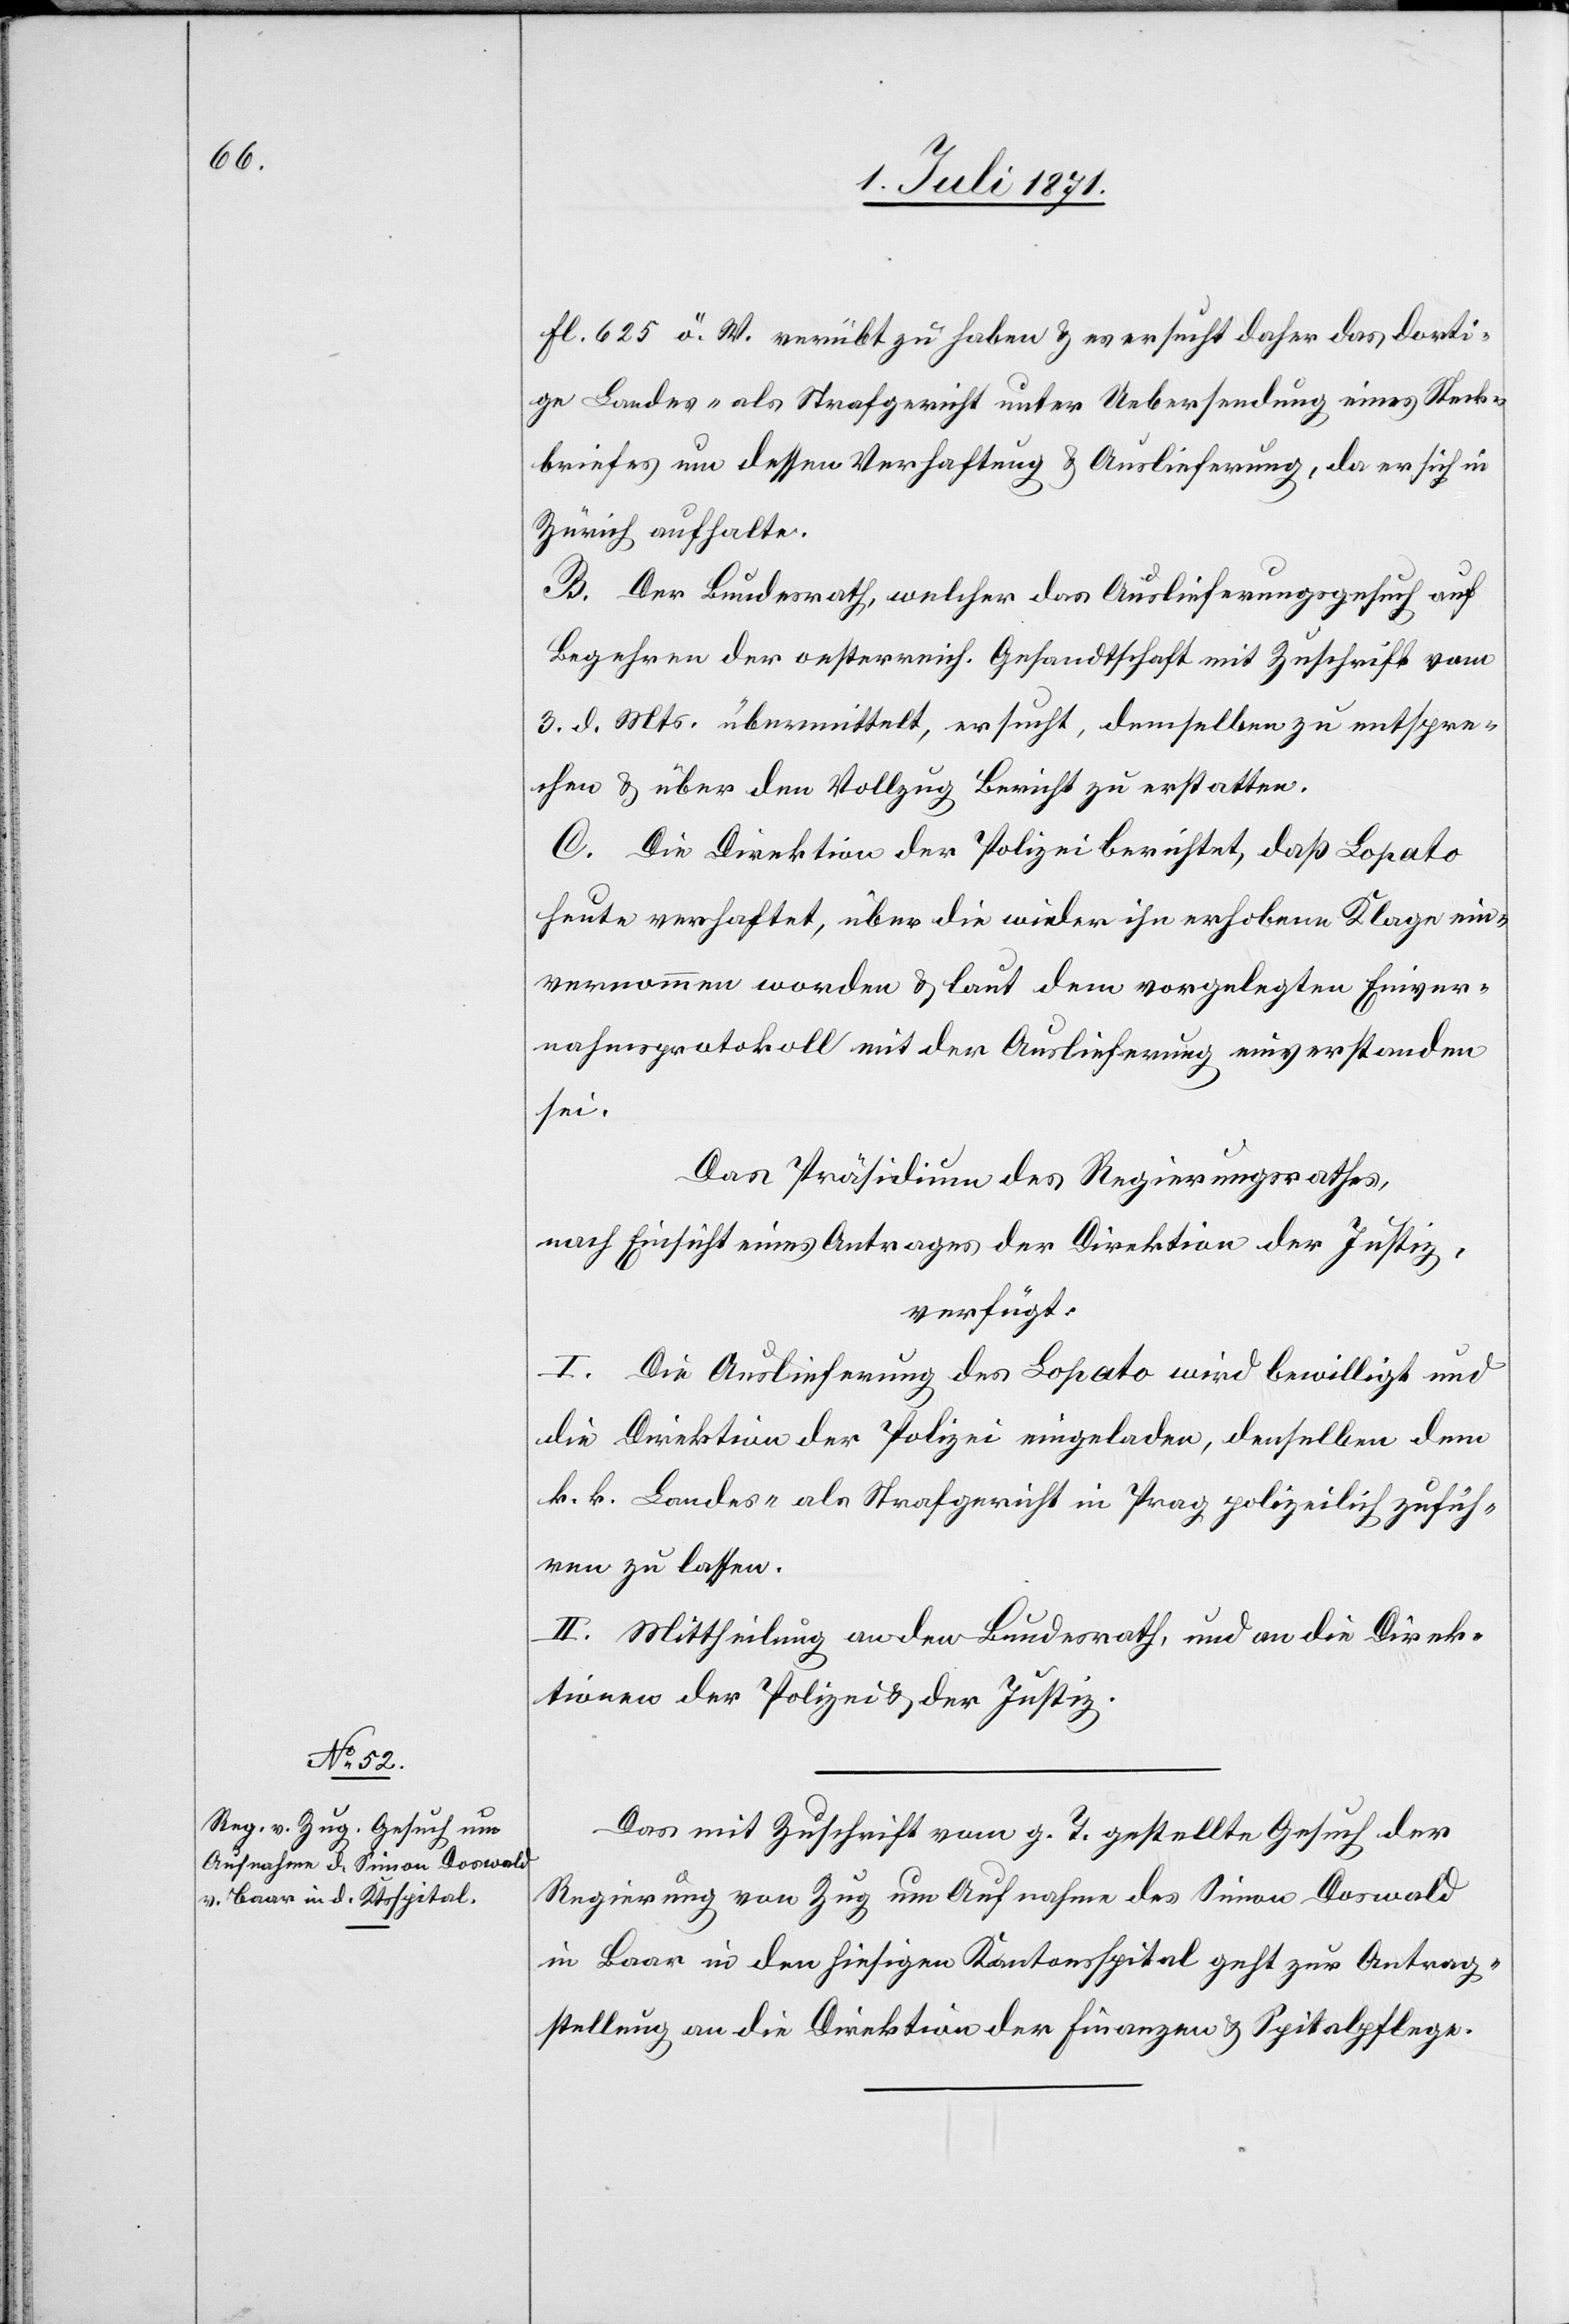
7. Juli 1871.]
Fl. 625 ö. W. verübt zu haben u. es ersucht daher das dorti¬
ge Landes- als Strafgericht unter Uebersendung eines Steck¬
briefes um dessen Verhaftung u. Auslieferung, da er sich in
Zürich aufhalte.
B. Der Bundesrath, welcher das Auslieferungsgesuch auf
Begehren der oesterreich. Gesandtschaft mit Zuschrift. vom
3. d. Mts. übermittelt, ersucht, demselben zu entspre¬
chen u. über den Vollzug Bericht zu erstatten.
C. Die Direktion der Polizei berichtet, daß Lopato
heute verhaftet, über die wieder ihn erhobene Klage ein¬
vernommen worden u. laut dem vorgelegten Einver¬
nahmsprotokoll mit der Auslieferung einverstanden
sei.
Das Präsidium des Regierungsrathes,
nach Einsicht eines Antrages der Direktion der Justiz,
verfügt:
I. Die Auslieferung des Lopato wird bewilligt und
die Direktion der Polizei eingeladen, denselben dem
k. k. Landes- als Strafgericht in Prag polizeilich zufüh¬
ren zu lassen.
II. Mittheilung an den Bundesrath, und an die Direk¬
tion der Polizei u. der Justiz.
Das mit Zuschrift vom g. T. gestellte Gesuch der
Regierung von Zug um Aufnahme des Simon Doswald
in Baar in den hiesigen Kantonsspital geht zur Antrag¬
stellung an die Direktion der Finanzen u. Spitalpflege.